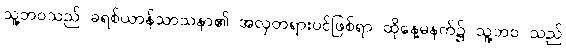
သူ့ဘဝသည် ခရစ်ယာန်သာသနာ၏ အလှတရားပင်ဖြစ်ရာ ထိုနေ့မနက်၌ သူ့ဘဝ သည်